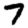
Digit: 7